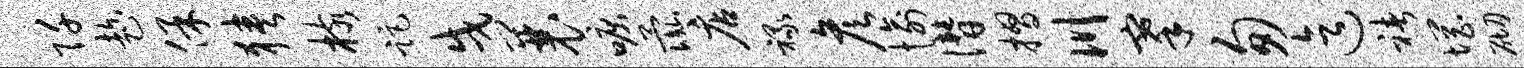
阡趁保狭核距戌曩唳彘店禄彦愉僭摺川搴匆迄褚惘砌